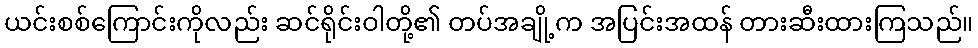
ယင်းစစ်ကြောင်းကိုလည်း ဆင်ရိုင်းဝါတို့၏ တပ်အချို့က အပြင်းအထန် တားဆီးထားကြသည်။